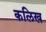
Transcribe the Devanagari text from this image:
कलिख